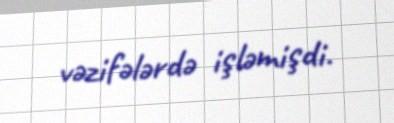
vəzifələrdə işləmişdi.